Scientific memoirs by medical officers of the Army of India - Part VI,
Year: 1891
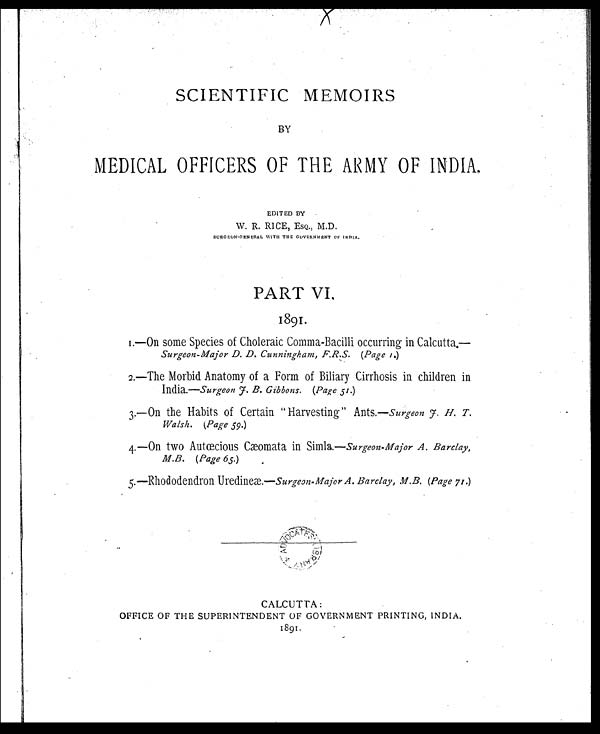
SCIENTIFIC MEMOIRS
BY
MEDICAL OFFICERS OF THE ARMY OF INDIA,
EDITED BY
W. R. RICE, ESQ., M.D.
SURGEON-GENERAL WITH THE GOVERNMENT OF INDIA .
PART VI.
1891.
1.—On some Species of Choleraic Comma-Bacilli occurring in Calcutta.—
Surgeon-Major D. D. Cunningham, F.R.S. (Page 1.)
2.—The Morbid Anatomy of a Form of Biliary Cirrhosis in children in
India.—Surgeon F. B. Gibbons. (Page 51.)
3.—On the Habits of Certain " Harvesting" Ants.—surgeon F. H. T.
Walsh. (Page 59.)
4.—On two Autœcious Cæomata in Simla.—Surgeon-Major A. Barclay,
M.B. (Page 65.)
5.—Rhododendron Uredineae.—Surgeon-Major A. Barclay, M.B. (Page 71.)
CALCUTTA:
OFFICE OF THE SUPERINTENDENT OF GOVERNMENT PRINTING, INDIA.
1891.